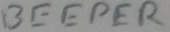
Text: BEEPER